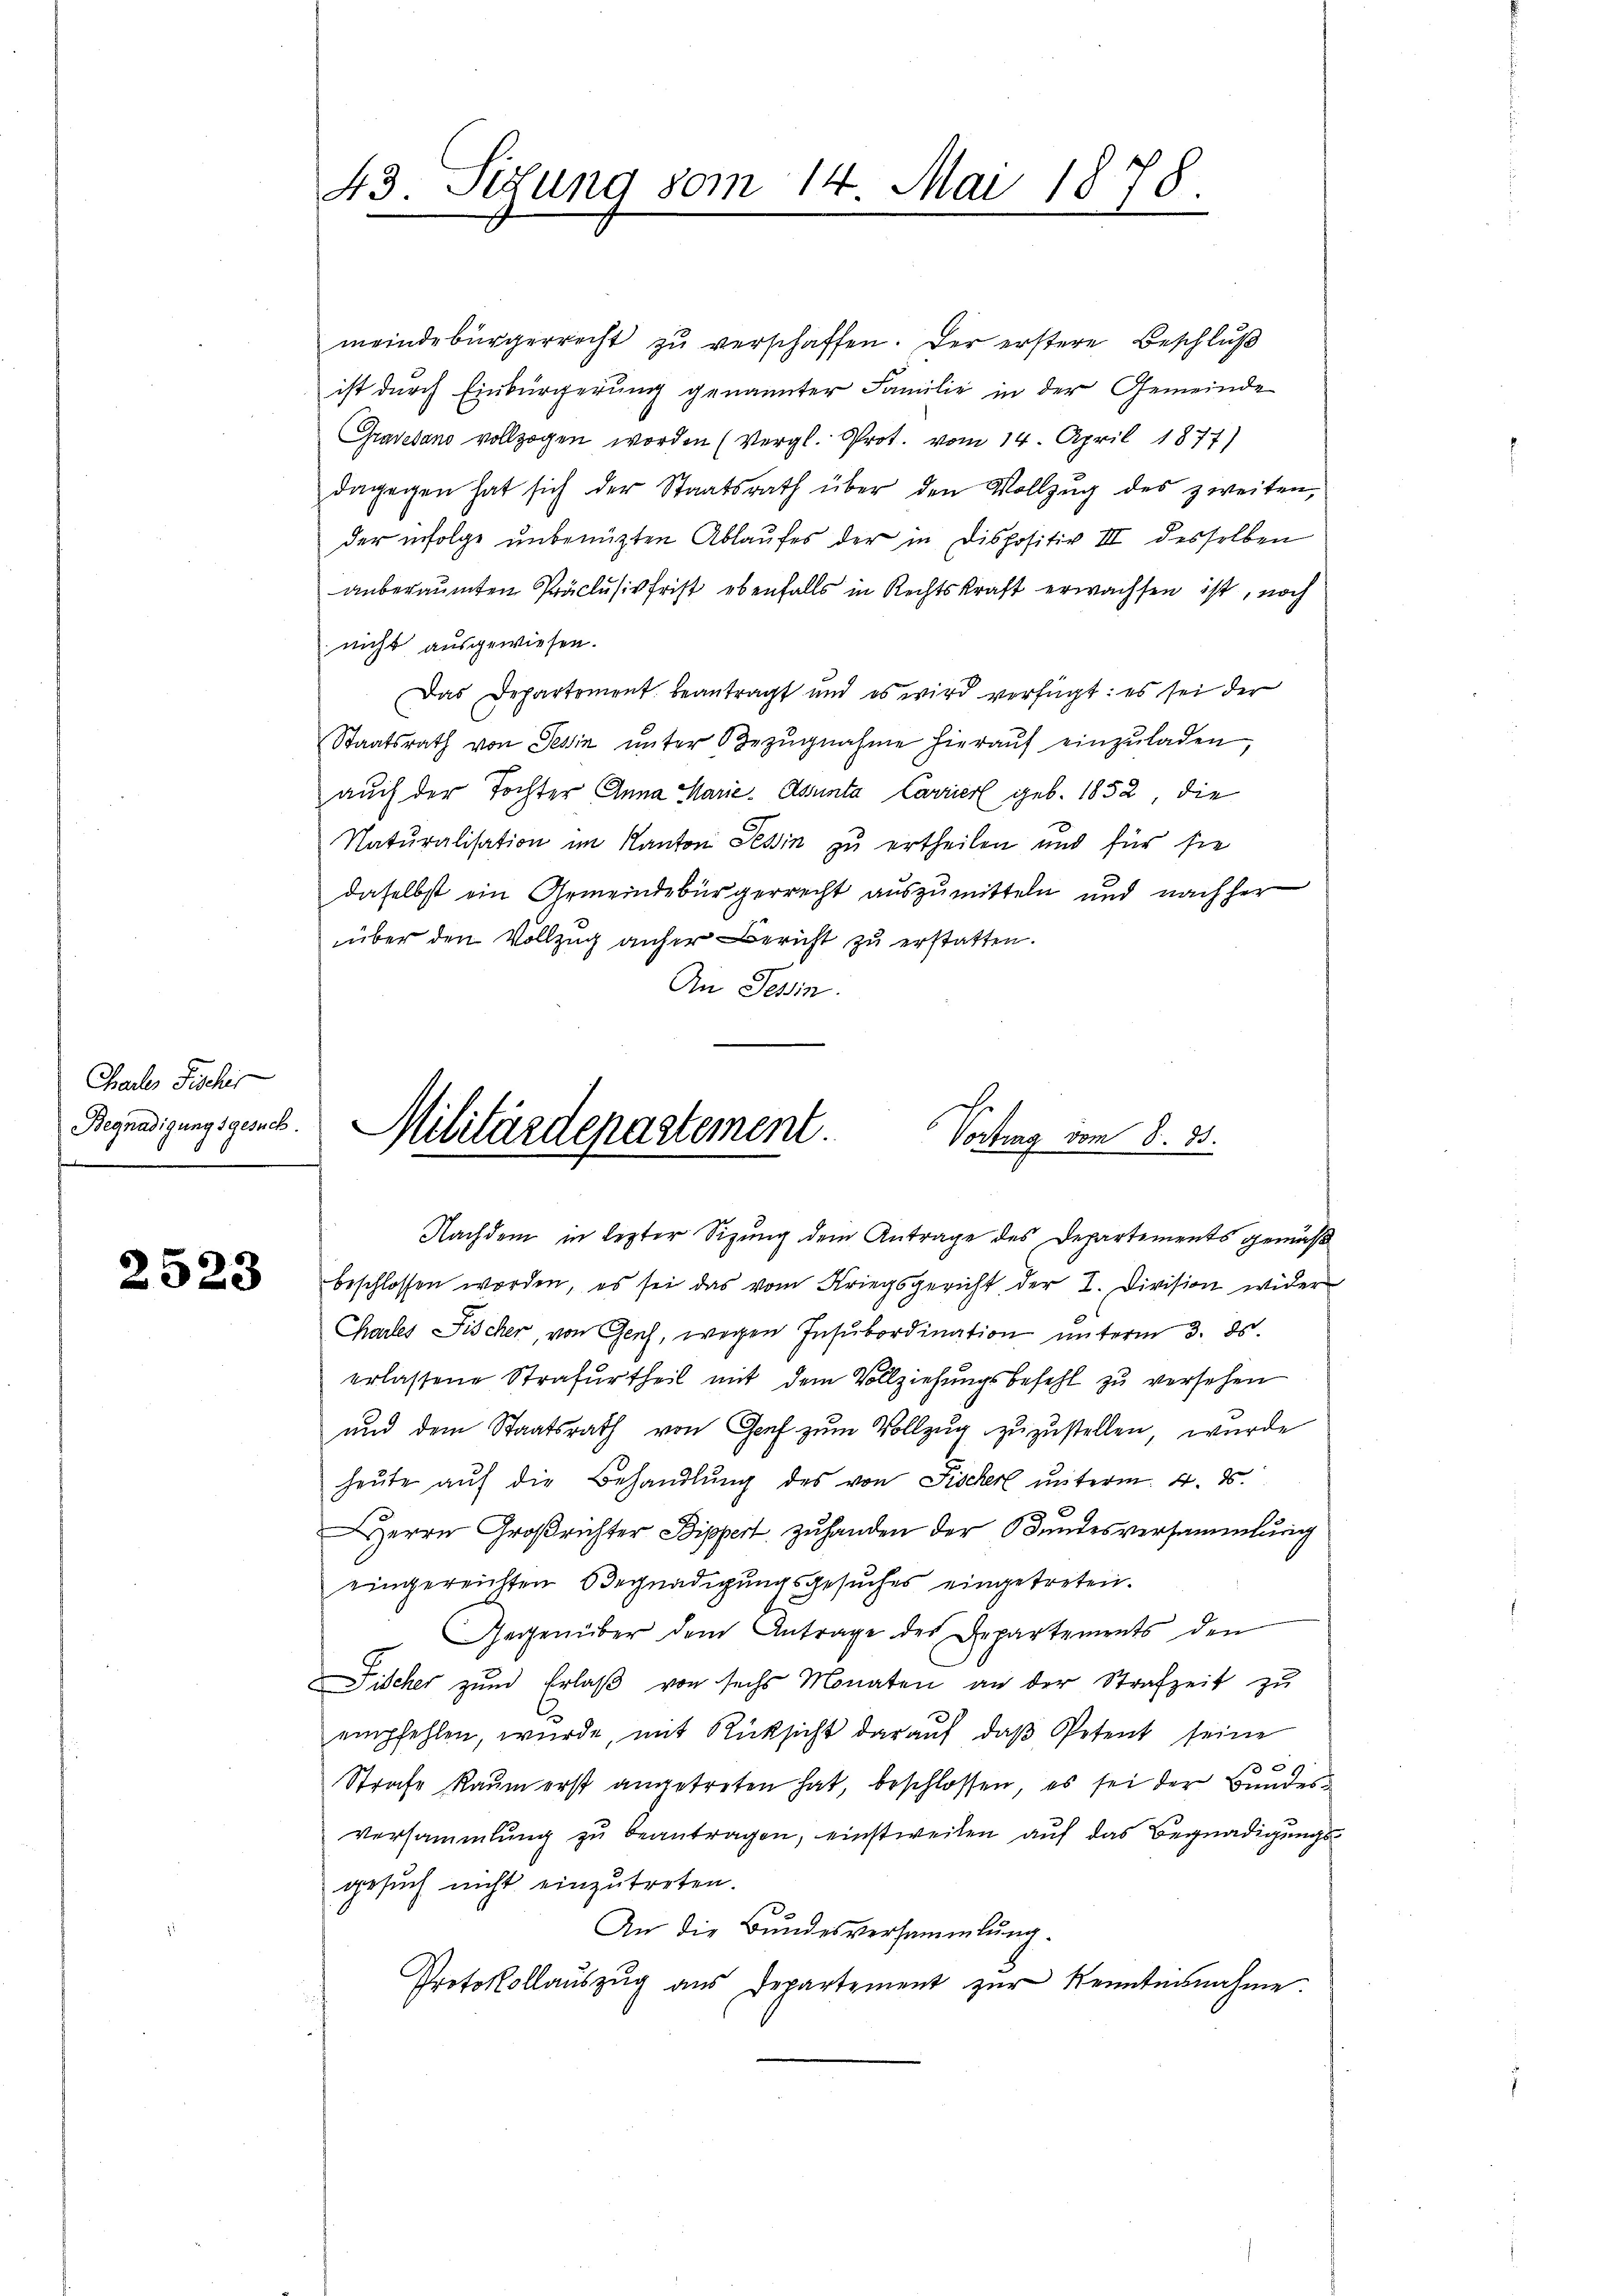
Chaler Fischer
Begnadigungsgesuch.
f

2523

43. Setzung vom 14. Mai 1878.

meindebürgerrecht zŭ verschaffen. Der erstere Beschlŭβ
ist durch Einbürgerung genannter Familie in der Gemeinde
Gravedans vollzogen worden (Vergl. Prot. vom 14. April 1877)
dagegen hat sich der Staatsrath über den Vollzŭg des zweiten,
der infolge unbenützten Ablaufes der in Dispositiv III desselben
anberaumten Präclusivfrist ebenfalls in Rechtskraft erwachsen ist, noch
nicht ausgewiesen.
Das Departement beantragt und es wird verfügt: es sei der
Staatsrath von Tessin ŭnter Bezŭgnahme hieraŭf einzŭladen,
auch der Tochter Anna Marie-Asunta Carrier geb. 1852, die
Naturalisation im Kanton Tessin zu ertheilen und für sie
daselbst ein Gemeindebürgerrecht auszumitteln und nachher
über den Vollzug anher Bericht zu erstatten.
An Tessin.

Militärdepartement
Vortrag vom 8. 15.
Nachdem in lezter Sitzung dem Antrage des Departements gemäss
beschlossen worden, es sei das vom Kriegsgericht der I. Division wider

Chartes Fischer, von Genf, wegen Insubordination unterm 3. ds.
erlassene Strafurtheil mit dem Vollziehungsbefehl zu versehen
und dem Staatsrath von Graf zum Vollzug zuzustellen, wurde
heŭte aŭf die Behandlŭng des von Fischerl unterm 4. 8.
Herrn Großrichter Bippert zuhanden der Bundesversammlung
eingereichten Begnadigungsgesuches eingetreten.
Gegenüber dem Antrage des Departements den
Fischer zum Erlaß von sechs Monaten an der Strafzeit zu
empfehlen, wurde, mit Rücksicht daraŭf, daβ Petent seine
0
Strafe kaum erst angetreten hat, beschlossen, es sei der Bundesversammlung zu beantragen, einstweilen auf das Begnadigungsgesuch nicht einzutreten.
An die Bundesversammlung.
Protokollauszug aus Departement zur Kenntennahme